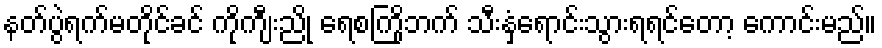
နတ်ပွဲရက်မတိုင်ခင် ကိုကျီးညို ရေစကြိုဘက် သီးနှံရောင်းသွားရရင်တော့ ကောင်းမည်။